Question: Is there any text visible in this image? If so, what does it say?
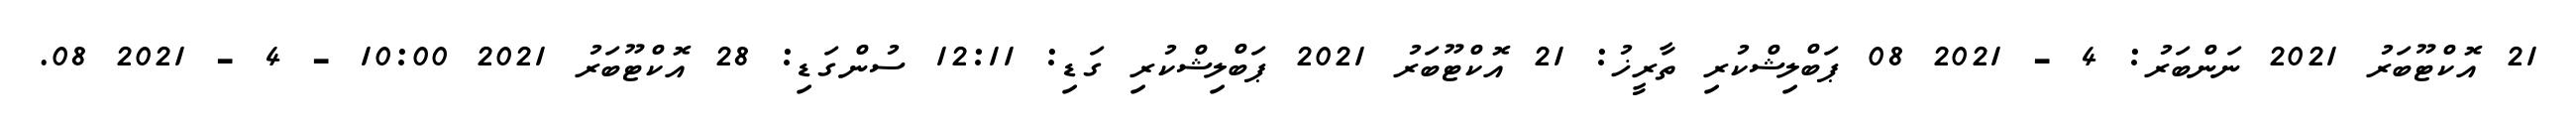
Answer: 21 އޮކްޓޫބަރު 2021 ނަންބަރު: 4 - 2021 08 ޕަބްލިޝްކުރި ތާރީޚު: 21 އޮކްޓޫބަރު 2021 ޕަބްލިޝްކުރި ގަޑި: 12:11 ސުންގަޑި: 28 އޮކްޓޫބަރު 2021 10:00 - 4 - 2021 08.